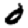
Digit: 6